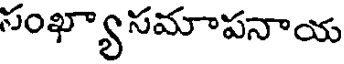
సంఖ్యాసమాపనాయ